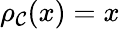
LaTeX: \rho_{\mathcal{C}}(x)=x